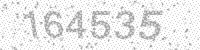
Solution: 164535